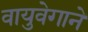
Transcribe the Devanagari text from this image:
वायुवेगाने